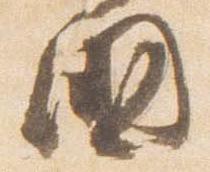
国